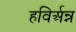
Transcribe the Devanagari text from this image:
हविर्अन्न